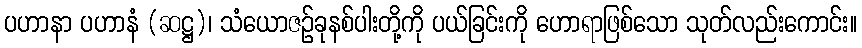
ပဟာနာ ပဟာနံ (ဆဋ္ဌ)၊ သံယောဇဉ်ခုနစ်ပါးတို့ကို ပယ်ခြင်းကို ဟောရာဖြစ်သော သုတ်လည်းကောင်း။